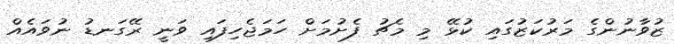
ޒުވާނުންގެ މަރުކަޒުގައި ކުޅޭ މި މެޗު ފެށުމަށް ހަމަޖެހިފައި ވަނީ ރޭގަނޑު ނުވައެއް